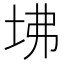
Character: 坲